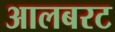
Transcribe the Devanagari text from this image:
आलबरट